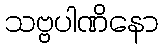
သဗ္ဗပါဏိနော